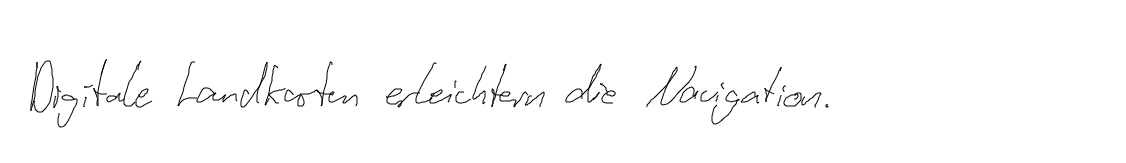
Digitale Landkarten erleichtern die Navigation.